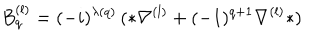
LaTeX: B _ { q } ^ { ( l ) } = ( - i ) ^ { \lambda ( q ) } \, ( * \nabla ^ { ( l ) } + ( - 1 ) ^ { q + 1 } \nabla ^ { ( l ) } * )